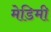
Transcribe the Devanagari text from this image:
मेडिमी